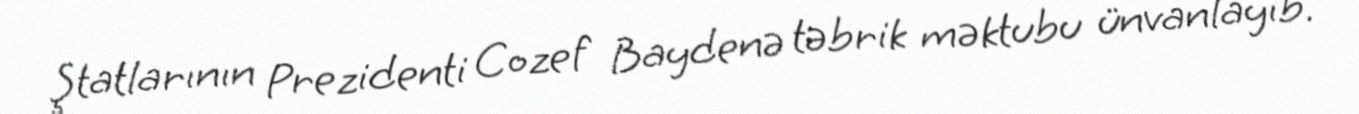
Ştatlarının Prezidenti Cozef Baydenə təbrik məktubu ünvanlayıb.